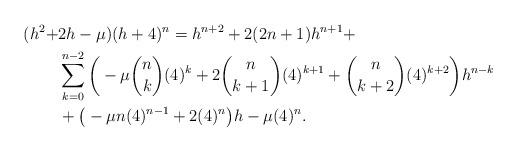
LaTeX: \begin{align*} (h^{2}+&2h-\mu)(h+4)^{n}=h^{n+2}+2(2n+1)h^{n+1}+\\&\sum_{k=0}^{n-2}\bigg(-\mu {n\choose k}(4)^{k}+2{n\choose k+1}(4)^{k+1}+{n\choose k+2}(4)^{k+2}\bigg)h^{n-k}\\&+\big(-\mu n(4)^{n-1}+2(4)^{n}\big)h-\mu(4)^{n}.\end{align*}